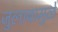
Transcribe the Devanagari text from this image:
जुलाबामुळे